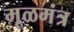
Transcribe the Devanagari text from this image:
मूळमंत्र